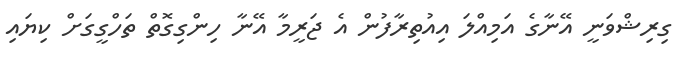
ގިރިޝްވަނީ އޭނާގެ އަމިއްލަ އިއުތިރާފުން އެ ޖަރީމާ އޭނާ ހިންގިގޮތް ތަހްގީގަށް ކިޔައި